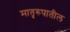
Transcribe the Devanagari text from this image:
मातृरुपातील